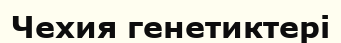
Чехия генетиктері